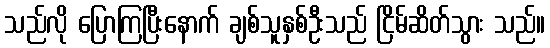
သည်လို ပြောကြပြီးနောက် ချစ်သူနှစ်ဦးသည် ငြိမ်ဆိတ်သွား သည်။